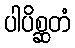
ပါပိစ္ဆတံ